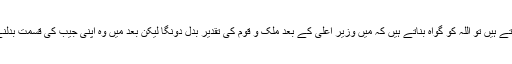
ہمارے حکمران جب حلف اٹھاتے ہیں تو اللہ کو گواہ بناتے ہیں کہ میں وزیر اعلیٰ کے بعد ملک و قوم کی تقدیر بدل دونگا لیکن بعد میں وہ اپنی جیب کی قسمت بدلنے میں مصروف نظر آتے ہیں۔